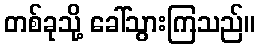
တစ်ခုသို့ ခေါ်သွားကြသည်။